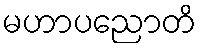
မဟာပညောတိ